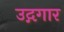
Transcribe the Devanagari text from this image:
उद्गगार